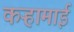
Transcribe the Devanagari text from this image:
कऱ्हामाई